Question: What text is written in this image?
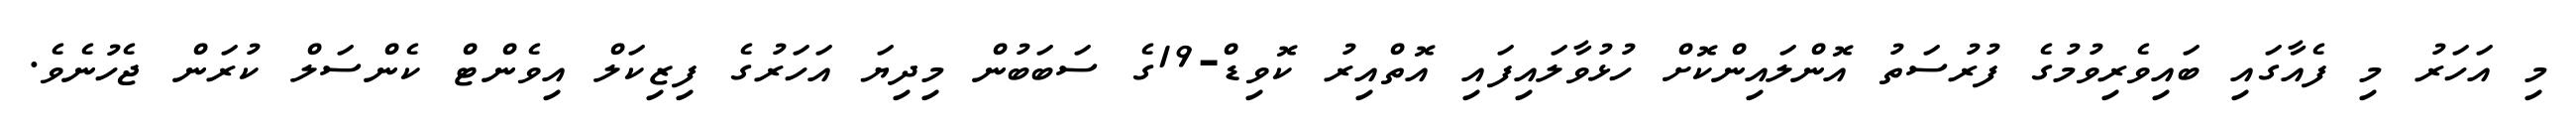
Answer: މި އަހަރު މި ފެއާގައި ބައިވެރިވުމުގެ ފުރުސަތު އޮންލައިންކޮށް ހުޅުވާލައިފައި އޮތްއިރު ކޮވިޑް-19ގެ ސަބަބުން މިދިޔަ އަހަރުގެ ފިޒިކަލް އިވެންޓް ކެންސަލް ކުރަން ޖެހުނެވެ.